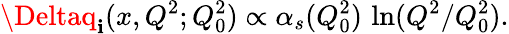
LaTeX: \Deltaq_{\mathbf{i}}(x,Q^{2};Q_{0}^{2})\propto\alpha_{s}(Q_{0}^{2})\, \ln(Q^{2}/Q_{0}^{2}).